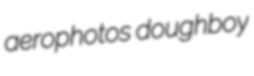
aerophotos doughboy